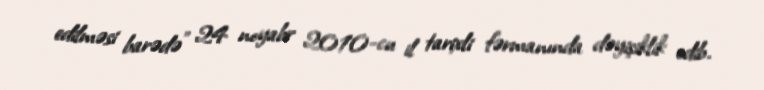
edilməsi barədə” 24 noyabr 2010-cu il tarixli fərmanında dəyişiklik edib.